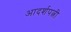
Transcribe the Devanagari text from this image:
आदर्शपत्नी